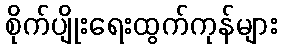
စိုက်ပျိုးရေးထွက်ကုန်များ